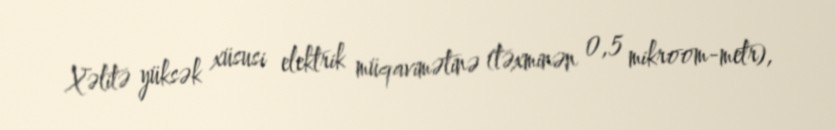
Xəlitə yüksək xüsusi elektrik müqavimətinə (təxminən 0,5 mikroom-metr),